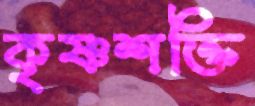
কৃষ্ণশক্তি